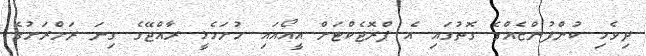
ދިވެހި ކުންފުންޏެއްގެ ގޮތުގައި އެ ޕްރޮޖެކްޓަށް އީއޯއައި ހުށަހެޅީ ރާއްޖޭގެ ގިނަ ރަށްރަށުގެ